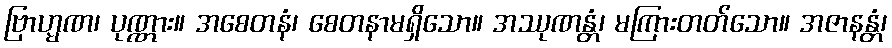
ဗြာဟ္မဏ၊ ပုဏ္ဏား။ အစေတနံ၊ စေတနာမရှိသော။ အဿုဏန္တံ၊ မကြားတတ်သော။ အဇာနန္တံ၊